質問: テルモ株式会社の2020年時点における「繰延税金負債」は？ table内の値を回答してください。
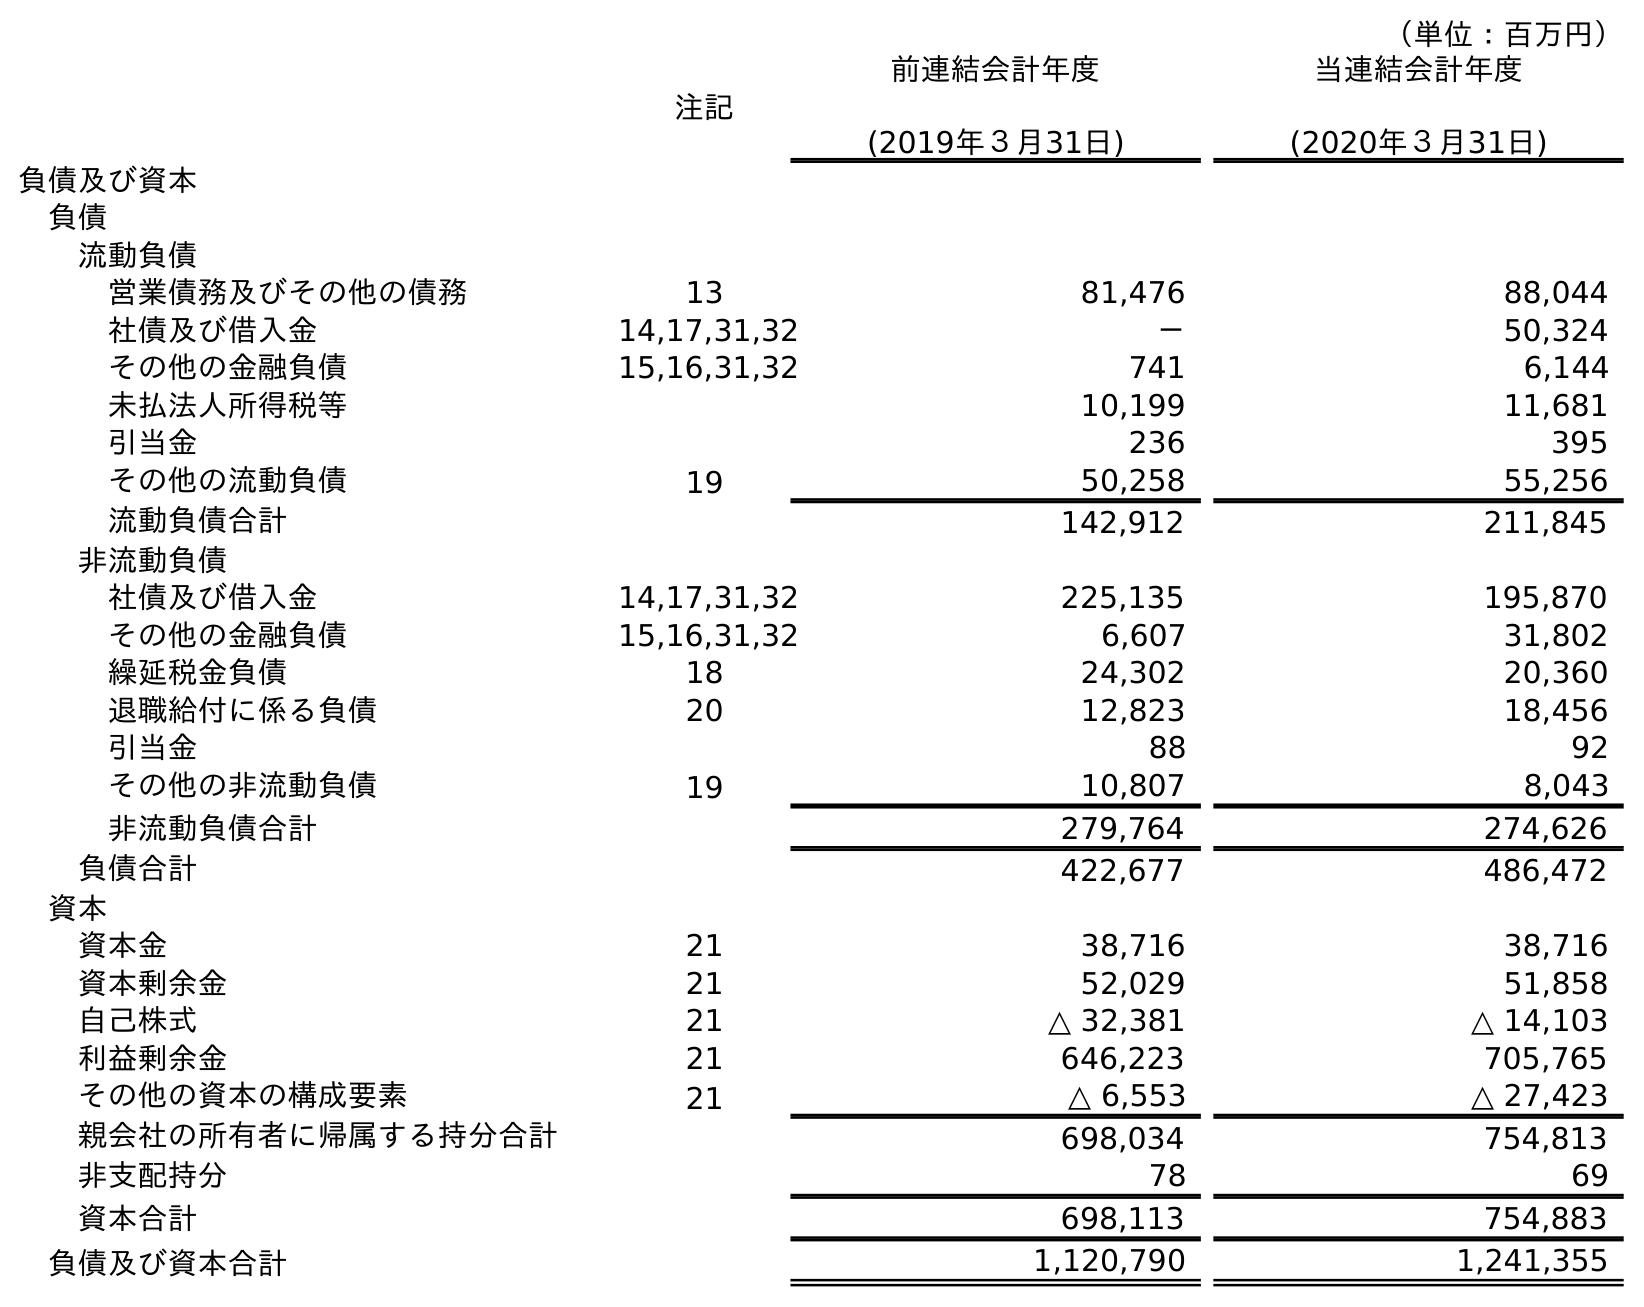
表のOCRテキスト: （単位：百万円） 注記 前連結会計年度 (2019年３月31日) 当連結会計年度 (2020年３月31日) 負債及び資本 負債 流動負債 営業債務及びその他の債務 13 81,476 88,044 社債及び借入金 14,17,31,32 － 50,324 その他の金融負債 15,16,31,32 741 6,144 未払法人所得税等 10,199 11,681 引当金 236 395 その他の流動負債 19 50,258 55,256 流動負債合計 142,912 211,845 非流動負債 社債及び借入金 14,17,31,32 225,135 195,870 その他の金融負債 15,16,31,32 6,607 31,802 繰延税金負債 18 24,302 20,360 退職給付に係る負債 20 12,823 18,456 引当金 88 92 その他の非流動負債 19 10,807 8,043 非流動負債合計 279,764 274,626 負債合計 422,677 486,472 資本 資本金 21 38,716 38,716 資本剰余金 21 52,029 51,858 自己株式 21 △ 32,381 △ 14,103 利益剰余金 21 646,223 705,765 その他の資本の構成要素 21 △ 6,553 △ 27,423 親会社の所有者に帰属する持分合計 698,034 754,813 非支配持分 78 69 資本合計 698,113 754,883 負債及び資本合計 1,120,790 1,241,355
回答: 20,360